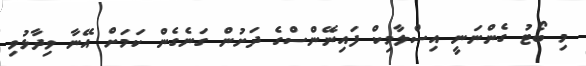
މި ބޯޓު ގެންނަނީ އިސްލާމިކް ފައިނޭންސްގެ ދަށުން ގަނެގެން ކަމަށް އޭނާ ވިދާޅުވި